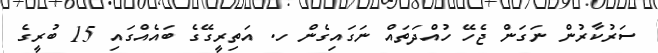
ސަރުކާރުން ނަގަން ޖެހޭ ހުއްދަތައް ނަގައިގެން ހ. އަތިރީގޭގެ ބައެއްގައި 15 ބުރީގެ